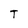
Character: T